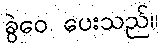
ခွဲဝေ ပေးသည်။